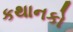
કથાનકો